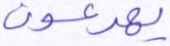
يهرعون